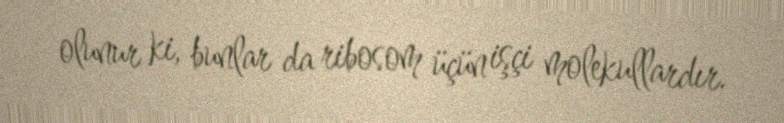
olunur ki, bunlar da ribosom üçün işçi molekullardır.